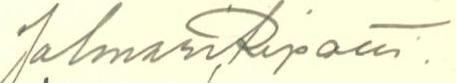
Jalmari Ripatti